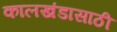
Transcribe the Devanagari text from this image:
कालखंडासाठी